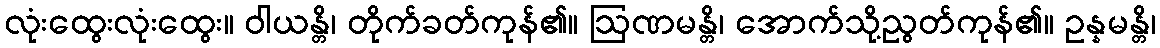
လုံးထွေးလုံးထွေး။ ဝါယန္တိ၊ တိုက်ခတ်ကုန်၏။ ဩဏမန္တိ၊ အောက်သို့ညွတ်ကုန်၏။ ဥန္နမန္တိ၊